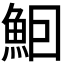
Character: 𬵈